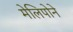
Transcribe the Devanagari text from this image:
मेलिपोने